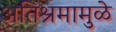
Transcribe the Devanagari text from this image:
अतिश्रमामुळे